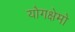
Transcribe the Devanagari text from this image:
योगक्षेमो